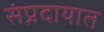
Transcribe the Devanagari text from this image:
संंप्रदायात